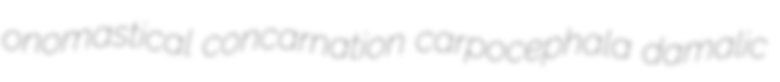
onomastical concarnation carpocephala damalic